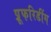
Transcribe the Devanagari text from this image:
प्रूफरिडींग